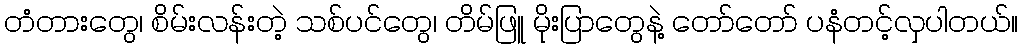
တံတားတွေ၊ စိမ်းလန်းတဲ့ သစ်ပင်တွေ၊ တိမ်ဖြူ မိုးပြာတွေနဲ့ တော်တော် ပနံတင့်လှပါတယ်။